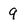
Character: 9